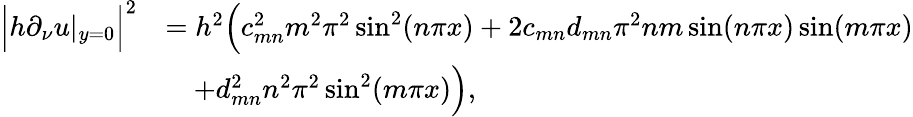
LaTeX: \begin{array}{rl}{\Bigl|h\partial_{\nu}u|_{y=0}\Bigr|^{2}}&{=h^{2}\Bigl(c_{mn}^{2}m^{2}\pi^{2}\sin^{2}(n\pi x)+2c_{mn}d_{mn}\pi^{2}nm\sin(n\pi x)\sin(m\pi x)}\\ &{\quad+d_{mn}^{2}n^{2}\pi^{2}\sin^{2}(m\pi x)\Bigr),}\end{array}